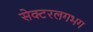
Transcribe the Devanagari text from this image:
सेक्टरलगभग